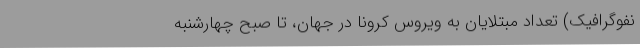
نفوگرافیک) تعداد مبتلایان به ویروس کرونا در جهان، تا صبح چهارشنبه